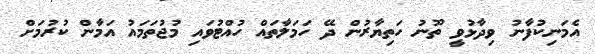
އެމަނިކުފާނު ވިދާޅުވީ ތޫނު ހަތިޔާރުން ދޭ ހަމަލާތައް ހުއްޓުވައި މުޖުތަމައު އަމާން ކުރުމަށް